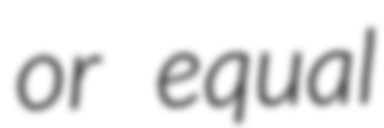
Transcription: or equal